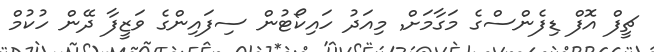
ޗީފް އޮފް ޑިފެންސްގެ މަގާމަށް